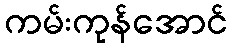
ကမ်းကုန်အောင်